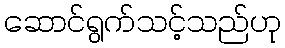
ဆောင်ရွက်သင့်သည်ဟု